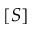
[ S ]